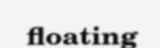
floating